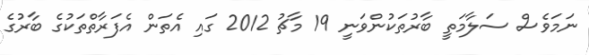
ނަމަވެސް ސަލާމަތީ ބާރުތަކުންވަނީ 19 މާޗު 2012 ގައި އެތަން އެފަރާތްތަކުގެ ބާރުގެ